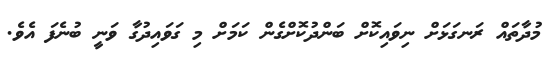
މުދާތައް ރަނގަޅަށް ނިވައިކޮށް ބަންދުކޮށްގެން ކަމަށް މި ގަވައިދުގާ ވަނީ ބުނެފަ އެވެ.